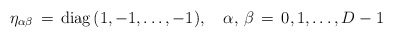
\begin{align*}\eta _{\alpha \beta}\,=\,\mbox{diag}\,(1,-1,\ldots,-1),\quad\alpha,\,\beta\,=\,0,1,\ldots,D-1\end{align*}